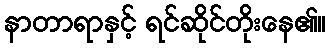
နာတာရာနှင့် ရင်ဆိုင်တိုးနေ၏။